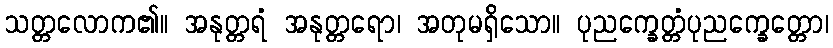
သတ္တလောက၏။ အနုတ္တရံ အနုတ္တရော၊ အတုမရှိသော။ ပုညက္ခေတ္တံပုညက္ခေတ္တော၊